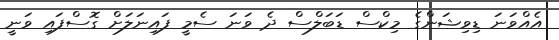
އެއްވަނަ ޑިވިޝަންގެ މިކްސް ޑަބަލްސް ދެ ވަނަ ސެމީ ފައިނަލަށް ގޮސްފައި ވަނީ